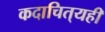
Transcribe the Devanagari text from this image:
कदाचित्‌यही